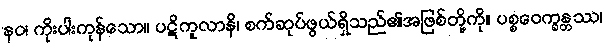
နဝ၊ ကိုးပါးကုန်သော။ ပဋိကူလာနိ၊ စက်ဆုပ်ဖွယ်ရှိသည်၏အဖြစ်တို့ကို။ ပစ္စဝေက္ခန္တဿ၊